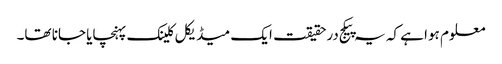
معلوم ہوا ہے کہ یہ پیکج درحقیقت ایک میڈیکل کلینک پہنچایا جانا تھا۔